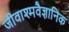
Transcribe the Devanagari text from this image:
जीवाश्मवैज्ञानिक